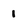
Character: 1